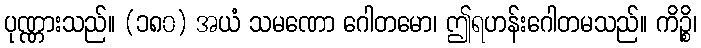
ပုဏ္ဏားသည်။ (၁၈၀) အယံ သမဏော ဂေါတမော၊ ဤရဟန်းဂေါတမသည်။ ကိဉ္စိ၊